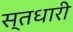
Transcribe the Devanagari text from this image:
स्तधारी